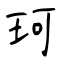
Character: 珂